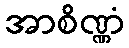
အာစိဏ္ဏံ